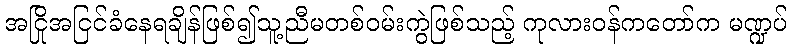
အငြိုအငြင်ခံနေရချိန်ဖြစ်၍သူ့ညီမတစ်ဝမ်းကွဲဖြစ်သည့် ကုလားဝန်ကတော်က မဏ္ဍပ်